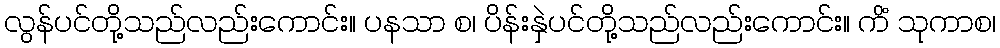
လွန်ပင်တို့သည်လည်းကောင်း။ ပနသာ စ၊ ပိန်းနှဲပင်တို့သည်လည်းကောင်း။ ကိံ သုကာစ၊